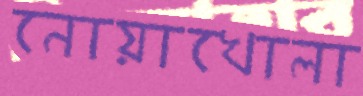
নোয়াখোলা